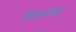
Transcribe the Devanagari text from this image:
मैक्लॉयड